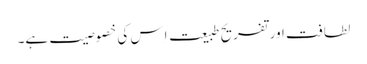
لطافت اور تفریحِ طبیعت اِس کی خصوصیت ہے۔